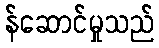
န်ဆောင်မှုသည်